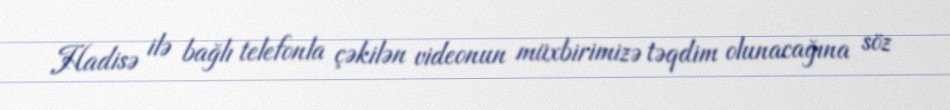
Hadisə ilə bağlı telefonla çəkilən videonun müxbirimizə təqdim olunacağına söz